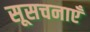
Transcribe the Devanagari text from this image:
सूसचनाएँ